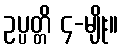
ဥပ္ပတ္တိ ၄-မျိုး။